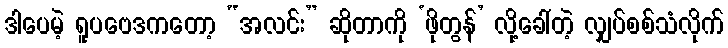
ဒါပေမဲ့ ရူပဗေဒကတော့ “အလင်း” ဆိုတာကို ‘ဖိုတွန်’ လို့ခေါ်တဲ့ လျှပ်စစ်သံလိုက်